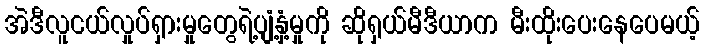
အဲဒီလူငယ်လှုပ်ရှားမှုတွေရဲ့ပျံ့နှံ့မှုကို ဆိုရှယ်မီဒီယာက မီးထိုးပေးနေပေမယ့်